system: You are a helpful assistant.
user:
Analyze the provided spectrum to determine if it is a **S-type Star**.

- **Key Indicators for S-type Star:**

    - **(Overall Spectrum Shape):** The first and most obvious characteristic is the overall continuum (the "baseline" shape). It is **extremely "red-sloping,"** meaning the flux (light intensity) is very low on the left side (blue, ~4000-4500 Å) and rises steeply and continuously toward the right side (red, ~7000 Å+).

    - **(Primary):** The spectrum is defined by the presence of strong, broad molecular absorption "valleys" (bands) from **Zirconium Oxide (ZrO)**. The identification of these bands is the **primary requirement** for classifying a star as S-type.
        - **(Key Bandheads):** You must find distinct, deep "dips" where the light has been absorbed. The most critical band systems to locate are:
            - **~6474 Å** ($\gamma$-system): This is often the strongest and clearest ZrO feature, found in the red part of the spectrum.
            - **~5718 Å** & **~5551 Å** ($\beta$-system): A pair of prominent absorption features in the yellow-orange part of the spectrum.
            - **~4640 Å** ($\alpha$-system): A key absorption band system in the blue-green region of the spectrum.

    - **(Secondary Confirmation):** The classification is strengthened by finding additional absorption bands from other related heavy element oxides, which are expected to be present alongside ZrO.
        - **(Key Bandheads):**
            - **Yttrium Oxide (YO):** Look for absorption dips near **~4800 Å** and **~6100 Å**.
            - **Lanthanum Oxide (LaO):** Additional absorption features, particularly in the red-orange part of the spectrum, are also characteristic.

    - **(Line Profile):** The combination of the steep red continuum and these numerous, deep molecular bands (ZrO, YO, etc.) gives the entire spectrum a very **"chopped-up"** or **"bumpy"** appearance. Instead of a smooth curve, the spectrum looks as though large, wide chunks of light have been "carved out" of it at the specific wavelengths listed above.

Think first, call **spectral_visualization_tool** if needed to examine features in detail, then provide your final answer. Your response must adhere to the following strict rules:
1.  **Overall Structure:** Your response must follow the format `<think>...</think> <tool_call>...</tool_call> (if a tool is used) <answer>...</answer>`.
2.  **Tool Usage Constraint:** You may only make **one** tool call per turn.
3.  **Final Answer Format:** In the `<answer>` tag, your conclusion must be inside a `\boxed{}` command (e.g., `\boxed{YES}` or `\boxed{NO}`), followed by your justification.

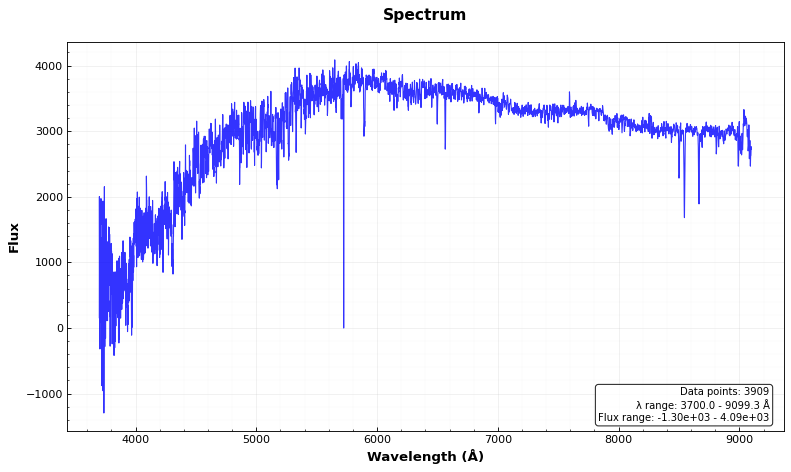
Answer: NO